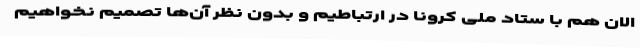
الان هم با ستاد ملی کرونا در ارتباطیم و بدون نظر آن‌ها تصمیم نخواهیم